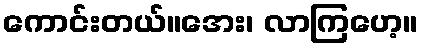
ကောင်းတယ်။အေး၊ လာကြဟေ့။